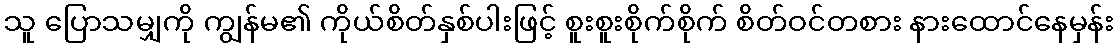
သူ ပြောသမျှကို ကျွန်မ၏ ကိုယ်စိတ်နှစ်ပါးဖြင့် စူးစူးစိုက်စိုက် စိတ်ဝင်တစား နားထောင်နေမှန်း